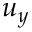
u _ { y }